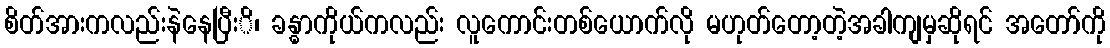
စိတ်အားကလည်းနဲနေပြီးိ၊ ခန္ဓာကိုယ်ကလည်း လူကောင်းတစ်ယောက်လို မဟုတ်တော့တဲ့အခါကျမှဆိုရင် အတော်ကို